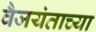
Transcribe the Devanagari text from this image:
वैजयंताच्या